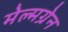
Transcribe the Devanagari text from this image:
मेल्मग्रेन